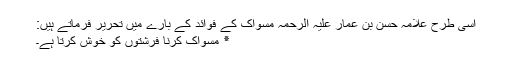
اسی طرح علامہ حسن بن عمار علیہ الرحمہ مسواک کے فوائد کے بارے میں تحریر فرماتے ہیں:
٭ مسواک کرنا فرشتوں کو خوش کرتا ہے۔